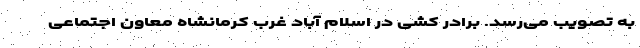
به تصویب می‌رسد. برادر کُشی در اسلام آباد غرب کرمانشاه معاون اجتماعی